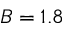
B = 1 . 8